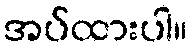
အပ်ထားပါ။